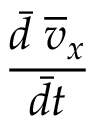
\frac { \Bar { d } \; \overline { { v } } _ { x } } { \Bar { d t } }